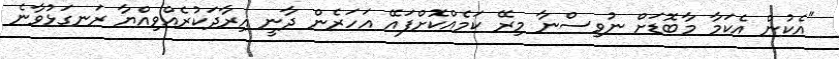
"އެކުން އެކަމާ މާބޮޑަށް ނުވިސްނާ މިރޭ ކަމެއްކޮށްފައޭ އަހަރެން ދާނީ އިރާދަކުރެއްވިއްޔާ ރަނގަޅުވާނެ